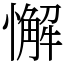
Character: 懈